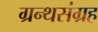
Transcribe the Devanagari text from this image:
ग्रन्थसंग्रह